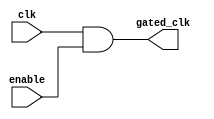
module clock_gating_cell (
    input wire clk,          // Original clock signal
    input wire enable,       // Gating signal
    output wire gated_clk    // Gated clock output
);
    assign gated_clk = clk & enable; // AND operation for clock gating
endmodule